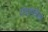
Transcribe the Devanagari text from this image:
पंचायतीला